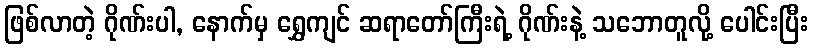
ဖြစ်လာတဲ့ ဂိုဏ်းပါ, နောက်မှ ရွှေကျင် ဆရာတော်ကြီးရဲ့ ဂိုဏ်းနဲ့ သဘောတူလို့ ပေါင်းပြီး